Civil Veterinary Department. United Provinces 1932-42 - 1932-1942
Year: 1932
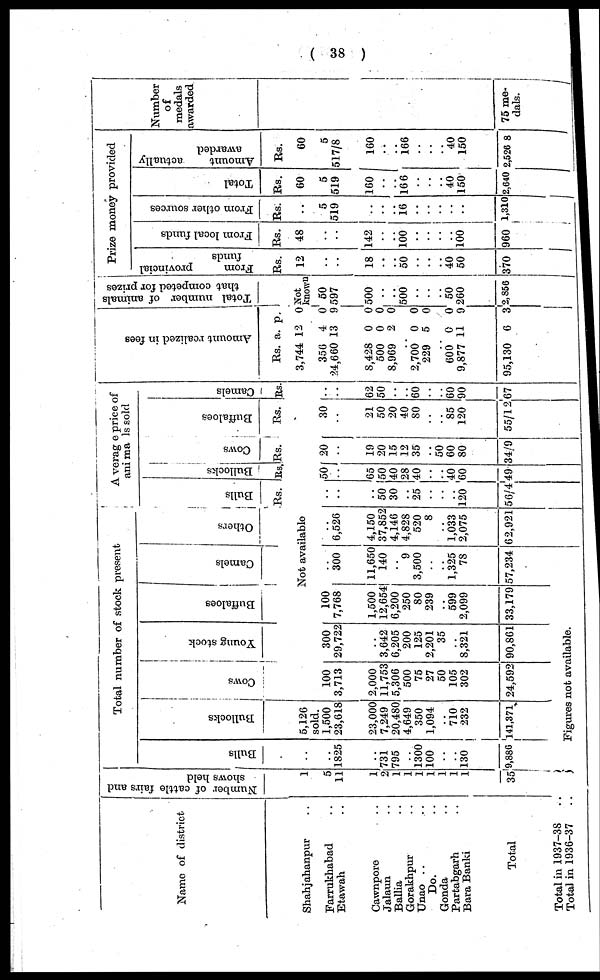
( 38 )
Name of district
Shahjahanpur ..
Farrukhabad ..
Etawah ..
Cawnpore ..
Jalanu ..
Ballia ..
Gorakhpur ..
Unao ..
Do.
Gonda ..
Partabgarh ..
Bara Banki ..
Total
Total in 1937-38 ..
Total in 1936-37 ..
Number
of cattle fairs and
shows held
1
5
11
1
2
1
1
1
1
1
1
1
35
Total number of stock present
Bulls
..
..
1825
..
731
795
..
1300 100
..
..
130
9,886
Bullocks
5,126
sold.
1,500
23,618
23,000
7,249
20,480
4,649
350
1,094
.. 710
232
141,371
Cows
100
3,713
2,000
11,753
5,306
500
75
27
50
105
302
24,592
Young stock
300
29,722
..
3,642
6,205
200
125
2,201
35
..
8,321
90,861
Figures not available.
Buffaloes
100
7,768
1,500
12,654
6,200
250
80
239
..
599
2,099
33,179
Camels
Others
Not available
.. 300
11,650
140
..
9
3,500
..
..
1,325 78
57,234
.. 6,526
4,150
37,852
4,146
4,828
520
8
..
1,033
2,075
62,921
Average price of
animals sold
Bulls
Rs.
..
..
..
50
30
..
25
..
..
..
120
50/4
Bullocks
Rs.
50
..
65
50
40
28
40
..
..
40
60
49
Cows
Rs.
20
..
19
20
15
12
35
..
50
60
80
34/9
Buffaloes
Rs.
30
..
21
50
20
40
80
..
..
85 120
55/12
Camels
Rs.
..
..
62
50
..
.. 60
..
..
60
90
67
Amo u n t r eal i zed in fees
Rs.
3,744
356
24,660
8,428
500
8,969
a.
12
4
13
0
0
2
p.
0
0
9
0
0
0
..
2,700
229
0
5
0
0
..
..
600
9,877
95,130
0
11
6
0
9
3
Total number
of animals
that competed for prizes
Not
known
50
597
500
..
..
500
..
..
..
..
50
260
2,856
Prize money provided
From
provincial
funds
Rs.
12
.. ..
18
..
..
50
..
..
..
40
50
370
From local funds
Rs.
48
..
..
142
..
..
100
..
..
..
.. 100
960
From other sources
Rs.
..
5
519
..
..
..
16
..
..
..
..
..
1,310
Total
Rs.
60
5
519
160
..
..
166
..
..
..
40 150
2,640
Amount
actually
awarded
Rs.
60
5
517/8
160
..
..
166
..
..
.. 40
150
2,526 8
Number
of
medals
awarded
75 me-
dals.